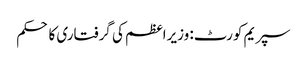
سپریم کورٹ: وزیراعظم کی گرفتاری کا حکم